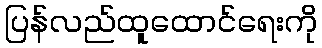
ပြန်လည်ထူထောင်ရေးကို